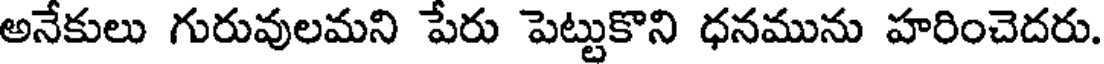
అనేకులు గురువులమని పేరు పెట్టుకొని ధనమును హరించెదరు.